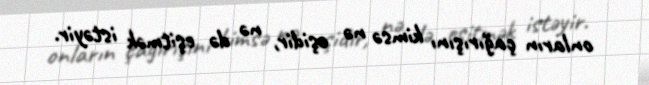
onların çağırışını kimsə nə eşidir, nə də eşitmək istəyir.